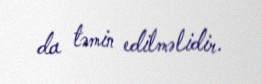
da təmin edilməlidir.